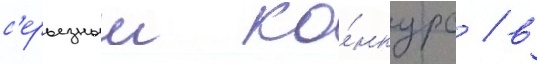
с'ерьезныи ко́нкурс / в